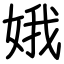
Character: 娥